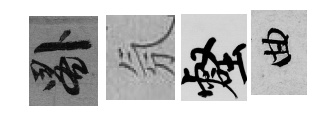
晷氛壑曲